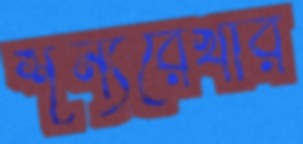
শূন্যরেখার